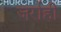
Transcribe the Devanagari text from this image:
जर्राही